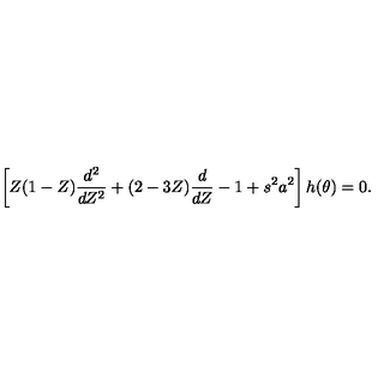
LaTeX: \left[ Z ( 1 - Z ) \frac { d ^ { 2 } } { d Z ^ { 2 } } + ( 2 - 3 Z ) \frac { d } { d Z } - 1 + s ^ { 2 } a ^ { 2 } \right] h ( \theta ) = 0 .